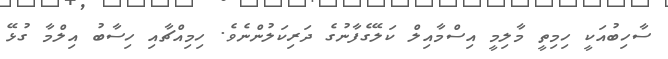
ސާހިބުއަކީ ހިމިތީ މާލިމީ އިސްމާއިލް ކަލޭގެފާނުގެ ދަރިކަލުންނެވެ. ހިމިއްޗާާއި ހިސާބު އިލްމާ ގުޅޭ